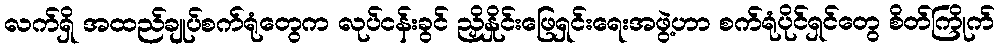
လက်ရှိ အထည်ချုပ်စက်ရုံတွေက လုပ်ငန်းခွင် ညှိနှိုင်းဖြေရှင်းရေးအဖွဲ့ဟာ စက်ရုံပိုင်ရှင်တွေ စိတ်ကြိုက်